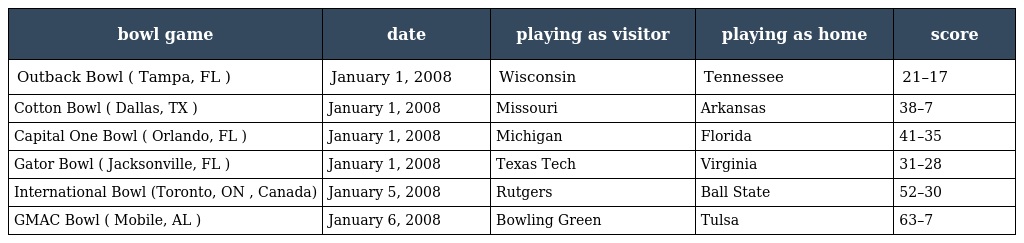
| bowl game | date | playing as visitor | playing as home | score |
 | --- | --- | --- | --- | --- |
 | Outback Bowl ( Tampa, FL ) | January 1, 2008 | Wisconsin | Tennessee | 21–17 |
 | Cotton Bowl ( Dallas, TX ) | January 1, 2008 | Missouri | Arkansas | 38–7 |
 | Capital One Bowl ( Orlando, FL ) | January 1, 2008 | Michigan | Florida | 41–35 |
 | Gator Bowl ( Jacksonville, FL ) | January 1, 2008 | Texas Tech | Virginia | 31–28 |
 | International Bowl (Toronto, ON , Canada) | January 5, 2008 | Rutgers | Ball State | 52–30 |
 | GMAC Bowl ( Mobile, AL ) | January 6, 2008 | Bowling Green | Tulsa | 63–7 |